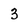
Character: 3